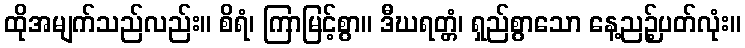
ထိုအမျက်သည်လည်း။ စိရံ၊ ကြာမြင့်စွာ။ ဒီဃရတ္တံ၊ ရှည်စွာသော နေ့ညဉ့်ပတ်လုံး။